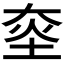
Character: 𱫀